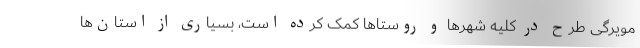
مویرگی طرح در کلیه شهرها و روستاها کمک کرده است، بسیاری از استان‌ها